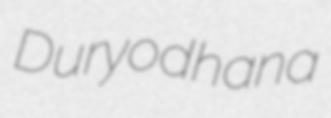
Duryodhana